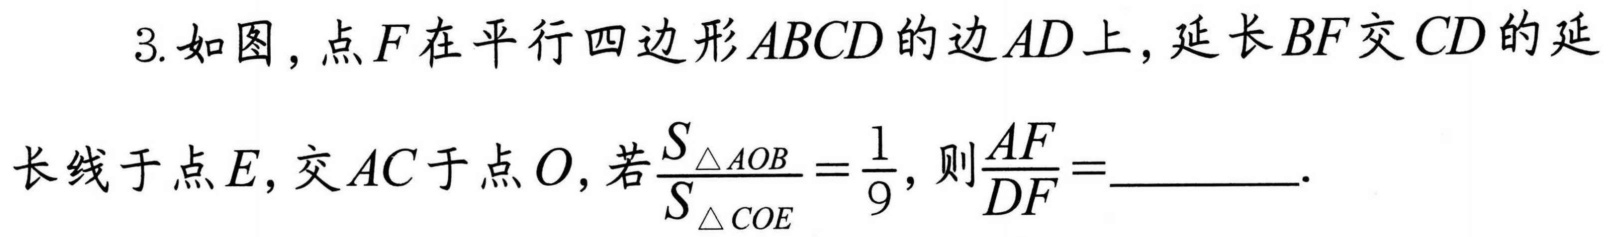
3. 如图，点\(F\)在平行四边形\(ABCD\)的边\(AD\)上，延长\(BF\)交\(CD\)的延
长线于点\(E\)，交\(AC\)于点\(O\)，若\(\frac{S_{\triangle AOB}}{S_{\triangle COE}}=\frac{1}{9}\)，则\(\frac{AF}{DF}=\)_________.